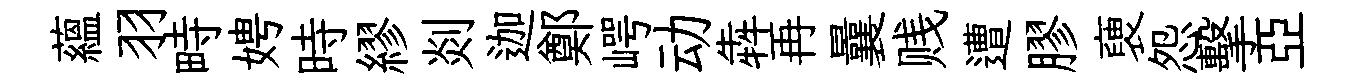
蘊羽畤娉時繆剡迦鄭崿动犇再曩贱遭膠褏怨擊亞